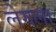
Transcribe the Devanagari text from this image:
लेगला